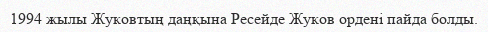
1994 жылы Жуковтың даңқына Ресейде Жуков ордені пайда болды.